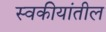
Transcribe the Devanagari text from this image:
स्वकीयांतील